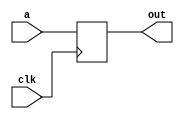
module register(input [7:0] a, input clk, output reg [7:0] out);
	always@(posedge clk) begin
		out <= a;
	end
endmodule